Plague in India, 1896, 1897 - Volume 2
Year: 1896
Disease focus: Plague
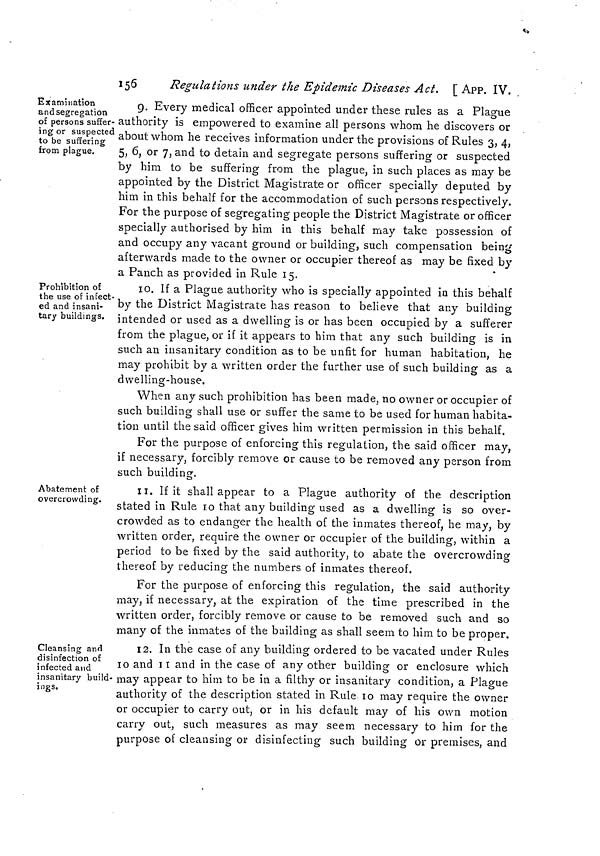
156
Regulations under the Epidemic Diseases Act. [App. IV.
Examination
andsegregation
of persons suffer-
ing or suspected
to be suffering
from plague.
3 g. Every medical officer appointed under these rules as a Plague
authority is empowered to examine all persons whom he discovers or
about whom he receives information under the provisions of Rules 3, 4,
5, 6, or 7, and to detain and segregate persons suffering or suspected
by him to be suffering from the plague, in such places as may be
appointed by the District Magistrate or officer specially deputed by
him in this behalf for the accommodation of such persons respectively.
For the purpose of segregating people the District Magistrate or officer
specially authorised by him in this behalf may take possession of
and occupy any vacant ground or building, such compensation being
afterwards made to the owner or occupier thereof as may be fixed by
a Panch as provided in Rule 15.
Prohibition of
the use of infect-
ed and insani-
tary buildings.
io. If a Plague authority who is specially appointed in this behalf
by the District Magistrate has reason to believe that any building
intended or used as a dwelling is or has been occupied by a sufferer
from the plague, or if it appears to him that any such building is in
such an insanitary condition as to be unfit for human habitation, he
may prohibit by a written order the further use of such building as a
dwelling-house.
When any such prohibition has been made, no owner or occupier of
such building shall use or suffer the same to be used for human habita-
tion until the said officer gives him written permission in this behalf.
For the purpose of enforcing this regulation, the said officer may,
if necessary, forcibly remove or cause to be removed any person from
such building.
Abatement of
overcrowding.
7 ii. If it shall appear to a Plague authority of the description
stated in Rule 10 that any building used as a dwelling is so over-
crowded as to endanger the health of the inmates thereof, he may, by
written order, require the owner or occupier of the building, within a
period to be fixed by the said authority, to abate the overcrowding
thereof by reducing the numbers of inmates thereof.
For the purpose of enforcing this regulation, the said authority
may, if necessary, at the expiration of the time prescribed in the
written order, forcibly remove or cause to be removed such and so
many of the inmates of the building as shall seem to him to be proper.
Cleansing and
disinfection of
infected and
insanitary build-
ings.
9 12. In the case of any building ordered to be vacated under Rules
10 and 11 and in the case of any other building or enclosure which
may appear to him to be in a filthy or insanitary condition, a Plague
authority of the description stated in Rule 10 may require the owner
or occupier to carry out, or in his default may of his own motion
carry out, such measures as may seem necessary to him for the
purpose of cleansing or disinfecting such building or premises, and